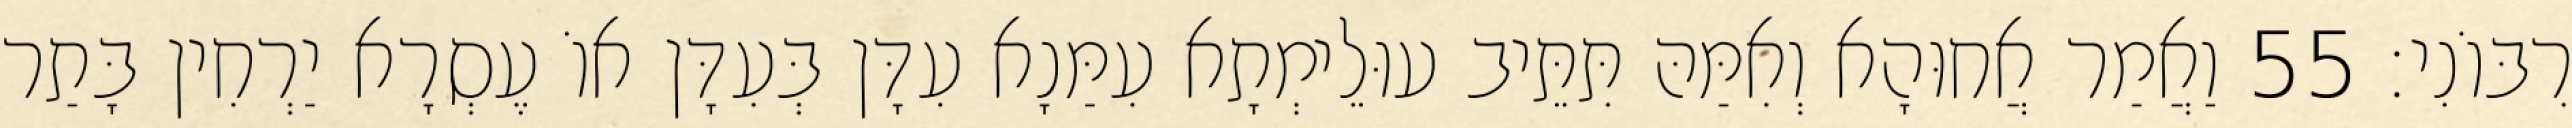
רִבּוֹנִי׃ 55 וַאֲמַר אֲחוּהָא וְאִמַּהּ תִּתֵּיב עוּלֵימְתָא עִמַּנָא עִדָּן בְּעִדָּן אוֹ עֶסְרָא יַרְחִין בָּתַר